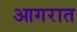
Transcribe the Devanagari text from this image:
आगरात